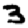
Digit: 3